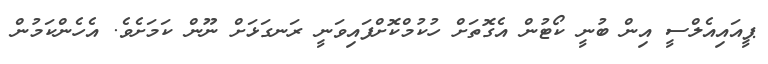
ޕީއައިއެލްސީ އިން ބުނީ ކޯޓުން އެގޮތަށް ހުކުމްކޮށްފައިވަނީ ރަނގަޅަށް ނޫން ކަމަށެވެ. އެހެންކަމުން